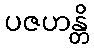
ပဇဟန္တိ